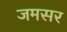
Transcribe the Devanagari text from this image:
जमसर